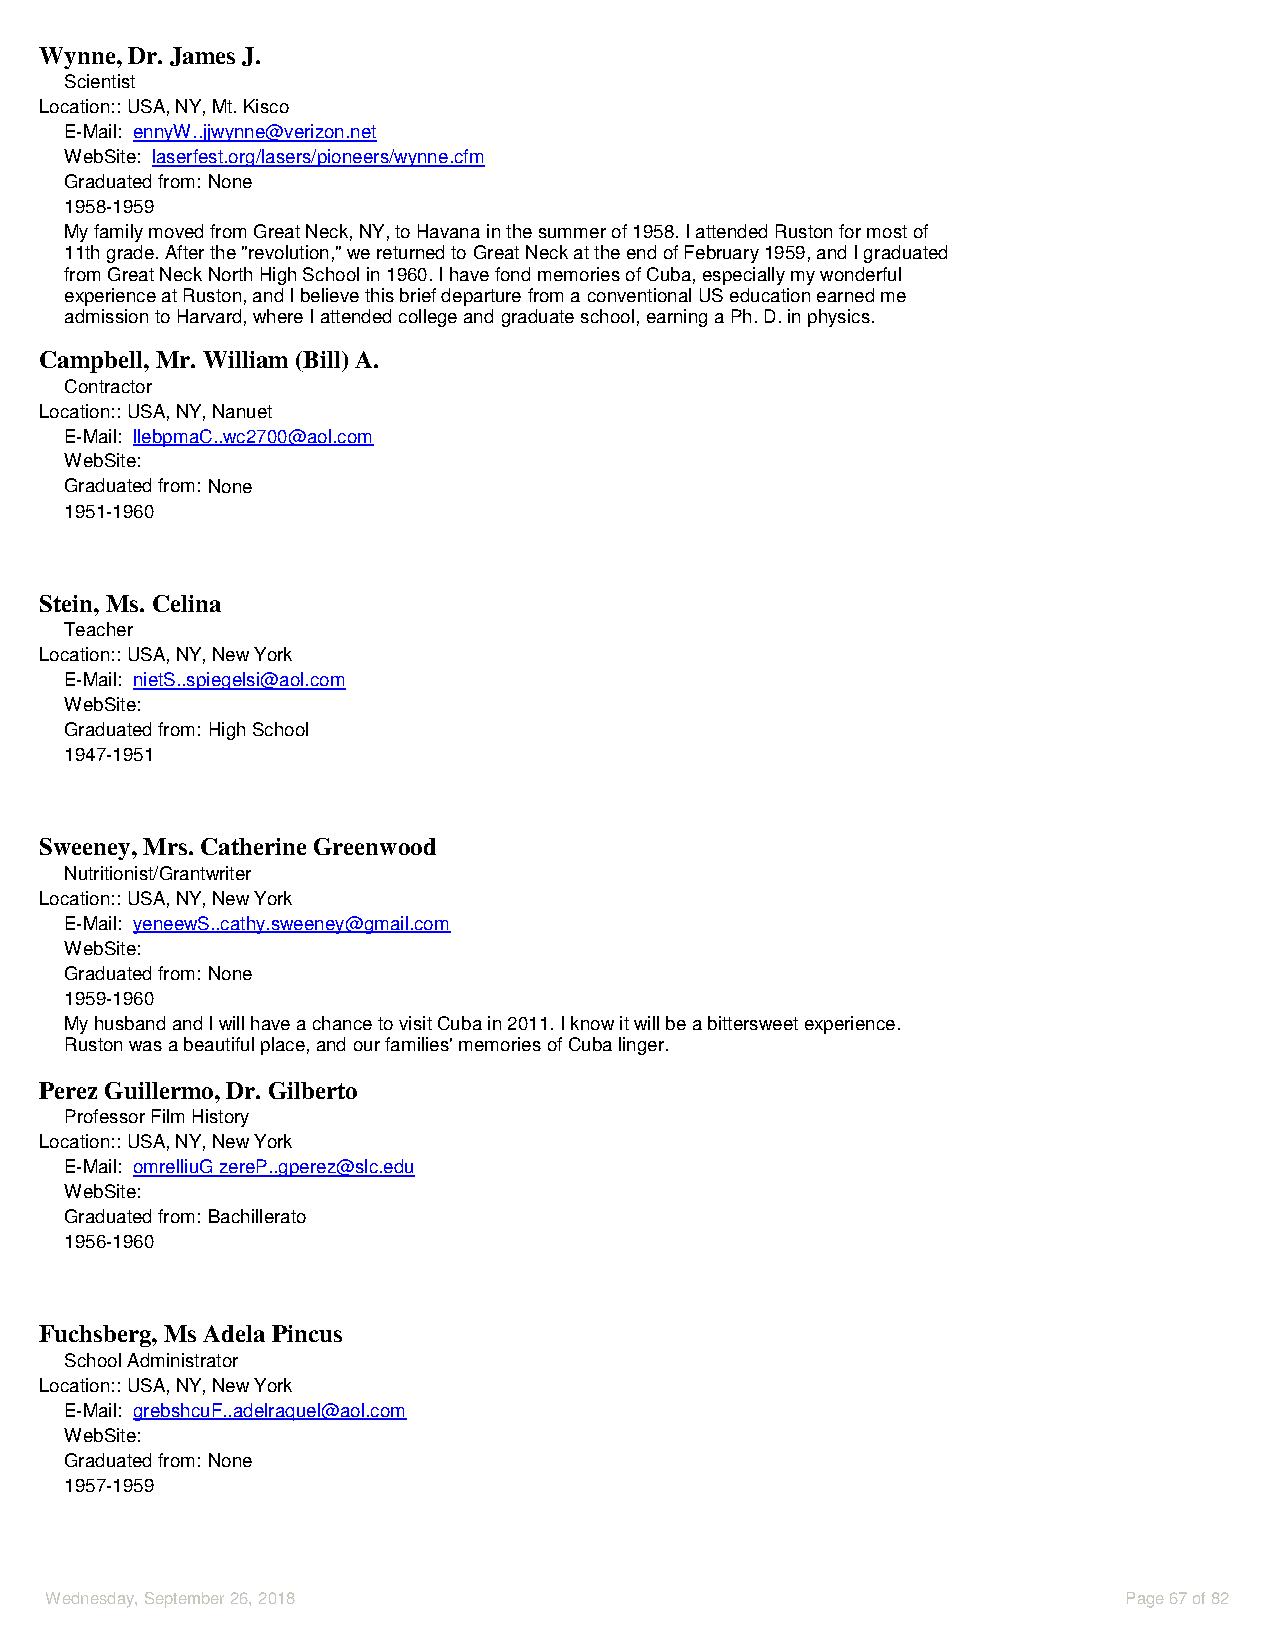
Wynne, Dr. James J.
 Scientist
 Location::USA, NY, Mt. Kisco
 E-Mail: ennyW..jjwynne@verizon.net
 WebSite: laserfest.org/lasers/pioneers/wynne.cfm
 Graduated from: None
 1958-1959
 My family moved from Great Neck, NY, to Havana in the summer of 1958. I attended Ruston for most of
 11th grade. After the "revolution," we returned to Great Neck at the end of February 1959, and I graduated
 from Great Neck North High School in 1960. I have fond memories of Cuba, especially my wonderful
 experience at Ruston, and I believe this brief departure from a conventional US education earned me
 admission to Harvard, where I attended college and graduate school, earning a Ph. D. in physics.
 Campbell, Mr. William (Bill) A.
 Contractor
 Location::USA, NY, Nanuet
 E-Mail: llebpmaC..wc2700@aol.com
 WebSite:
 Graduated from: None
 1951-1960
 Stein, Ms. Celina
 Teacher
 Location::USA, NY, New York
 E-Mail: nietS..spiegelsi@aol.com
 WebSite:
 Graduated from: High School
 1947-1951
 Sweeney, Mrs. Catherine Greenwood
 Nutritionist/Grantwriter
 Location::USA, NY, New York
 E-Mail: yeneewS..cathy.sweeney@gmail.com
 WebSite:
 Graduated from: None
 1959-1960
 My husband and I will have a chance to visit Cuba in 2011. I know it will be a bittersweet experience.
 Ruston was a beautiful place, and our families' memories of Cuba linger.
 Perez Guillermo, Dr. Gilberto
 Professor Film History
 Location::USA, NY, New York
 E-Mail: omrelliuG zereP..gperez@slc.edu
 WebSite:
 Graduated from: Bachillerato
 1956-1960
 Fuchsberg, Ms Adela Pincus
 School Administrator
 Location::USA, NY, New York
 E-Mail: grebshcuF..adelraquel@aol.com
 WebSite:
 Graduated from: None
 1957-1959
 Wednesday, September 26, 2018                                           Page 67 of 82